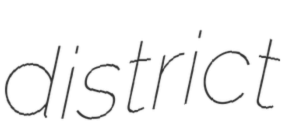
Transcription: district